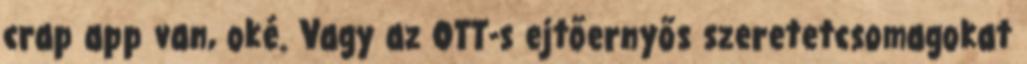
crap app van, oké. Vagy az OTT-s ejtőernyős szeretetcsomagokat